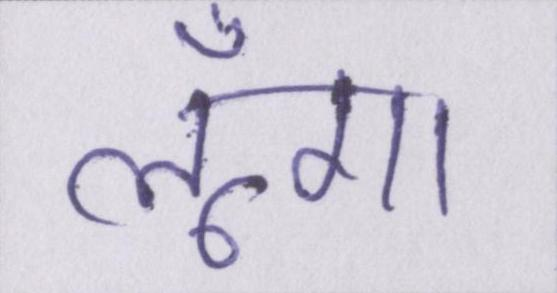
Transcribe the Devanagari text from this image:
लूँगा